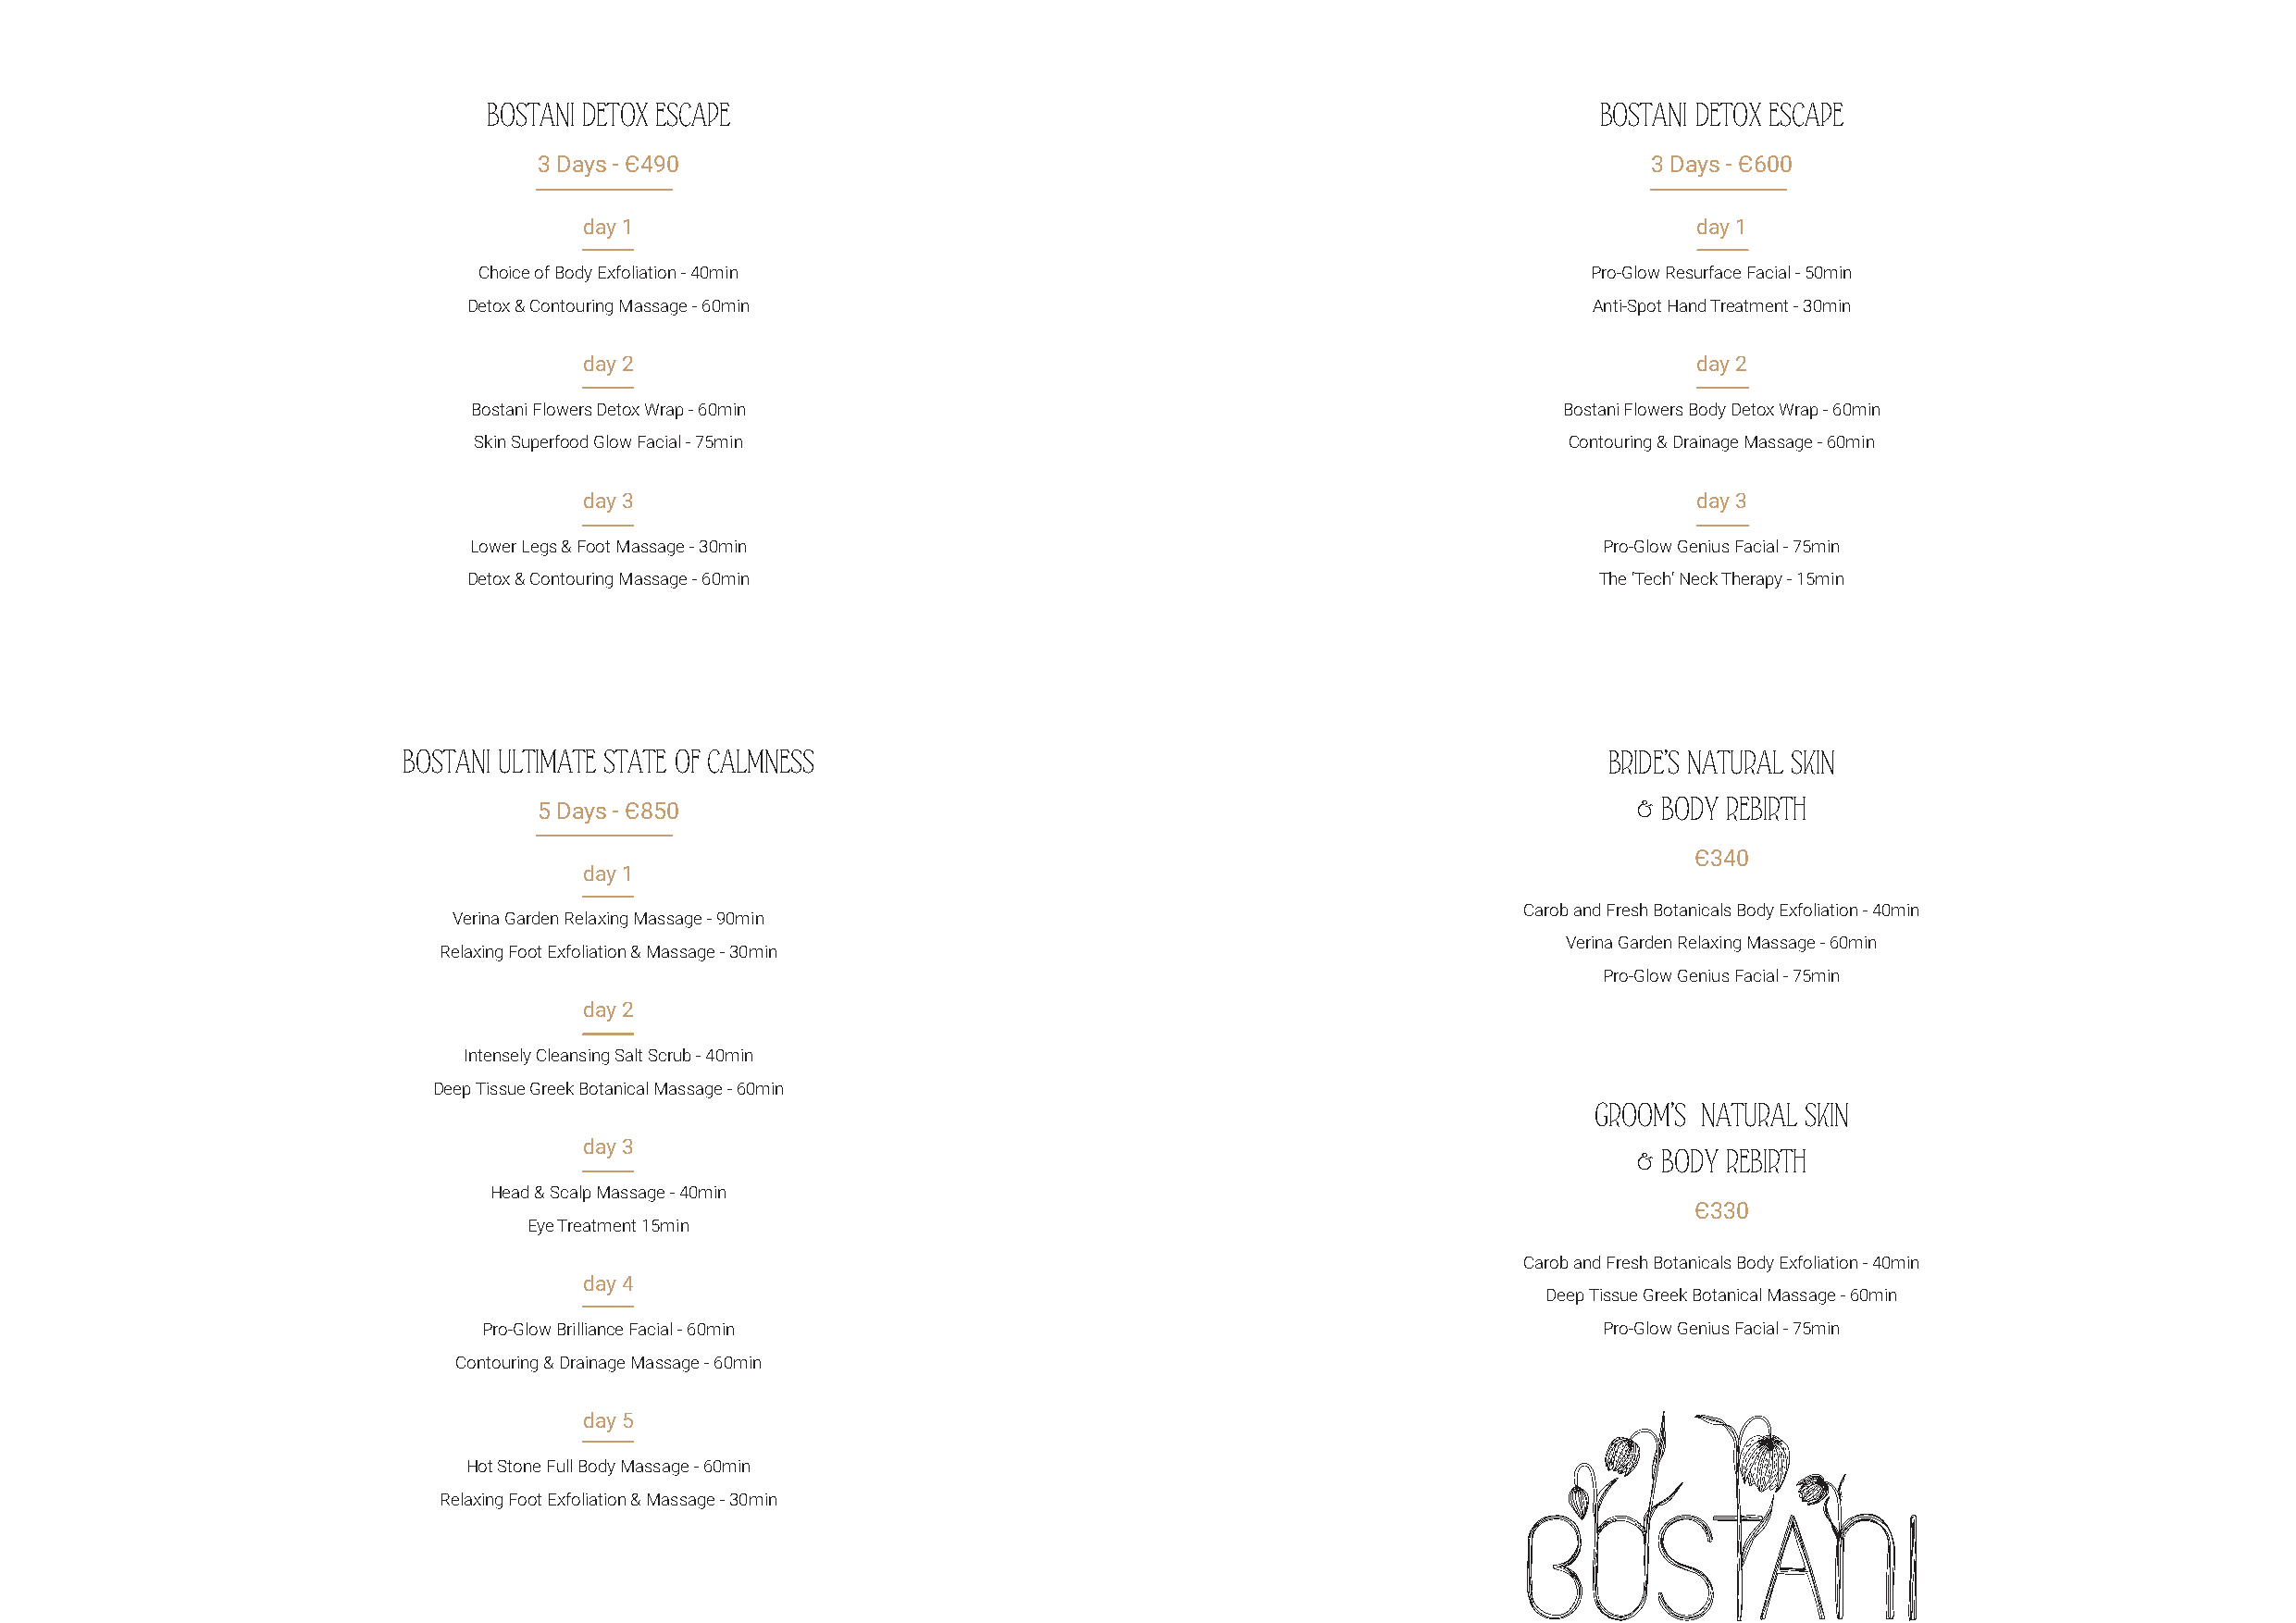
BOSTANI DETOX ESCAPE                                                           BOSTANI DETOX ESCAPE
 3 Days - Є490                                                                   3 Days - Є600
 day 1                                                                          day 1
 Choice of Body Exfoliation - 40min                                              Pro-Glow Resurface Facial - 50min
 Detox & Contouring Massage - 60min                                               Anti-Spot Hand Treatment - 30min
 day 2                                                                          day 2
 Bostani Flowers Detox Wrap - 60min                                            Bostani Flowers Body Detox Wrap - 60min
 Skin Superfood Glow Facial - 75min                                            Contouring & Drainage Massage - 60min
 day 3                                                                          day 3
 Lower Legs & Foot Massage - 30min                                                Pro-Glow Genius Facial - 75min
 Detox & Contouring Massage - 60min                                               The ‘Tech’ Neck Therapy - 15min
 BOSTANI ULTIMATE STATE OF CALMNESS                                                    BRIDE’S NATURAL SKIN
 & BODY REBIRTH
 5 Days - Є850
 Є340
 day 1
 Carob and Fresh Botanicals Body Exfoliation - 40min
 Verina Garden Relaxing Massage - 90min
 Verina Garden Relaxing Massage - 60min
 Relaxing Foot Exfoliation & Massage - 30min
 Pro-Glow Genius Facial - 75min
 day 2
 Intensely Cleansing Salt Scrub - 40min
 Deep Tissue Greek Botanical Massage - 60min
 GROOM’S NATURAL SKIN
 day 3
 & BODY REBIRTH
 Head & Scalp Massage - 40min
 Є330
 Eye Treatment 15min
 Carob and Fresh Botanicals Body Exfoliation - 40min
 day 4
 Deep Tissue Greek Botanical Massage - 60min
 Pro-Glow Brilliance Facial - 60min                                               Pro-Glow Genius Facial - 75min
 Contouring & Drainage Massage - 60min
 day 5
 Hot Stone Full Body Massage - 60min
 Relaxing Foot Exfoliation & Massage - 30min